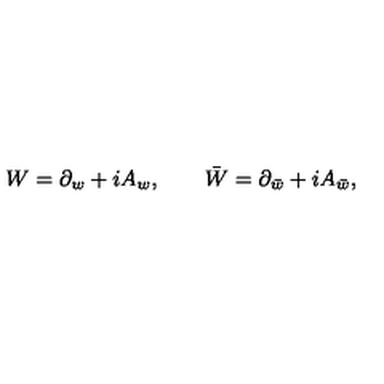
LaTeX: W = \partial _ { w } + i A _ { w } , \qquad \bar { W } = \partial _ { \bar { w } } + i A _ { \bar { w } } ,